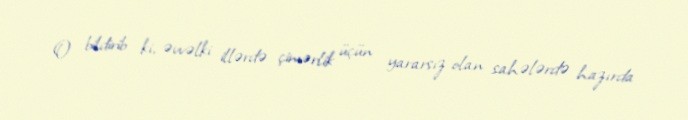
O bildirib ki, əvvəlki illərdə çimərlik üçün yararsız olan sahələrdə hazırda